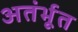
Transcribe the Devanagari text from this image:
अतंर्भूत